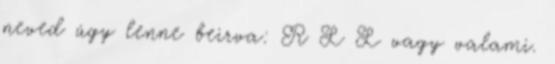
neved úgy lenne beirva: R L L vagy valami.